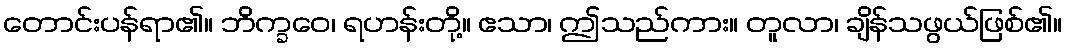
တောင်းပန်ရာ၏။ ဘိက္ခဝေ၊ ရဟန်းတို့။ ဧသာ၊ ဤသည်ကား။ တူလာ၊ ချိန်သဖွယ်ဖြစ်၏။